Report of the Indian Hemp Drugs Commission, 1894-1895 - Volume IV
Year: 1894
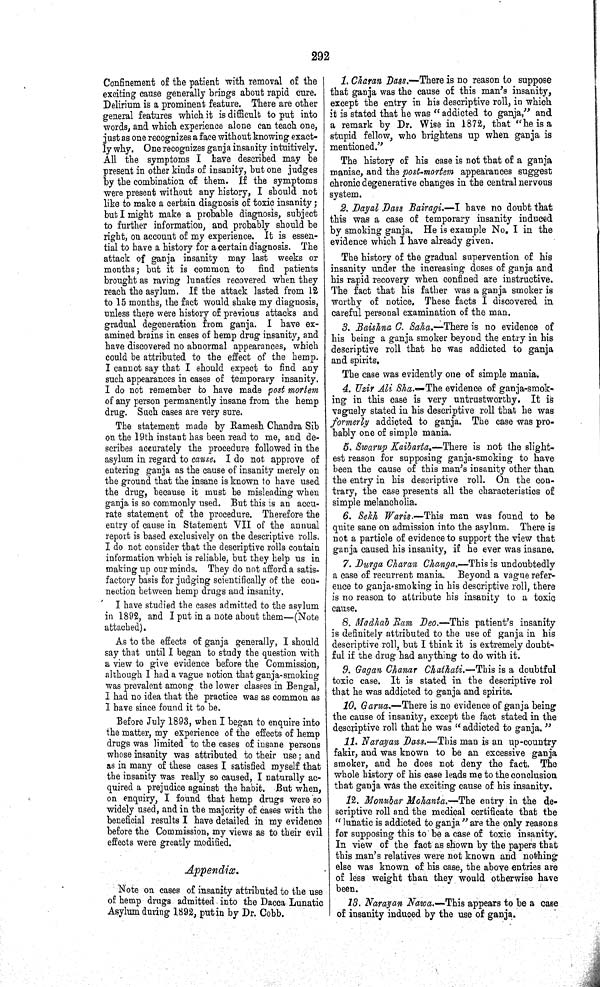
292
Confinement of the patient with removal of the
exciting cause generally brings about rapid cure.
Delirium is a prominent feature. There are other
general features which it is difficult to put into
words, and which experience alone can teach one,
just as one recognizes a face without knowing exact-
ly why. One recognizes ganja insanity intuitively.
All the symptoms I have described may be
present in other kinds of insanity, but one judges
by the combination of them. If the symptoms
were present without any history, I should not
like to make a certain diagnosis of toxic insanity;
but I might make a probable diagnosis, subject
to further information, and probably should be
right, on account of my experience. It is essen-
tial to have a history for a certain diagnosis. The
attack of ganja insanity may last weeks or
months; but it is common to find patients
brought as raving lunatics recovered when they
reach the asylum. If the attack lasted from 12
to 15 months, the fact would shake my diagnosis,
unless there were history of previous attacks and
gradual degeneration from ganja. I have ex-
amined brains in cases of hemp drug insanity, and
have discovered no abnormal appearances, which
could be attributed to the effect of the hemp.
I cannot say that I should expect to find any
such appearances in cases of temporary insanity.
I do not remember to have made post mortem
of any person permanently insane from the hemp
drug. Such cases are very sure.
The statement made by Ramesh Chandra Sib
on the 19th instant has been read to me, and de-
scribes accurately the procedure followed in the
asylum in regard to cause. I do not approve of
entering ganja as the cause of insanity merely on
the ground that the insane is known to have used
the drug, because it must be misleading when
ganja is so commonly used. But this is an accu-
rate statement of the procedure. Therefore the
entry of cause in Statement VII of the annual
report is based exclusively on the descriptive rolls.
I do not consider that the descriptive rolls contain
information which is reliable, but they help us in
making up our minds. They do not afford a satis-
factory basis for judging scientifically of the con-
nection between hemp drugs and insanity.
I have studied the cases admitted to the asylum
in 1892, and I put in a note about them—(Note
attached).
As to the effects of ganja generally, I should
say that until I began to study the question with
a view to give evidence before the Commission,
although I had a vague notion that ganja-smoking
was prevalent among the lower classes in Bengal,
I had no idea that the practice was as common as
I have since found it to be.
Before July 1893, when I began to enquire into
the matter, my experience of the effects of hemp
drugs was limited to the cases of insane persons
whose insanity was attributed to their use; and
as in many of these cases I satisfied myself that
the insanity was really so caused, I naturally ac-
quired a prejudice against the habit. But when,
on enquiry, I found that hemp drugs were so
widely used, and in the majority of cases with the
beneficial results I have detailed in my evidence
before the Commission, my views as to their evil
effects were greatly modified.
Appendix.
Note on cases of insanity attributed to the use
of hemp drugs admitted into the Dacca Lunatic
Asylum during 1892, put in by Dr. Cobb.
1. Charan Dass.—There is no reason to suppose
that ganja was the cause of this man's insanity,
except the entry in his descriptive roll, in which
it is stated that he was "addicted to ganja," and
a remark by Dr. Wise in 1872, that "he is a
stupid fellow, who brightens up when ganja is
mentioned."
The history of his case is not that of a ganja
maniac, and the post-mortem appearances suggest
chronic degenerative changes in the central nervous
system.
2. Dayal Bass Bairagi.—I have no doubt that
this was a case of temporary insanity induced
by smoking ganja. He is example No. I in the
evidence which I have already given.
The history of the gradual supervention of his
insanity under the increasing doses of ganja and
his rapid recovery when confined are instructive.
The fact that his father was a ganja smoker is
worthy of notice. These facts I discovered in
careful personal examination of the man.
3. Baishna C. Saha.—There is no evidence of
his being a ganja smoker beyond the entry in his
descriptive roll that he was addicted to ganja
and spirits.
The case was evidently one of simple mania.
4. Uzir Ali Sha.—The evidence of ganja-smok-
ing in this case is very untrustworthy. It is
vaguely stated in his descriptive roll that he was
formerly addicted to ganja. The case was pro-
bably one of simple mania.
5. Swarup Kaibarta.—There is not the slight-
est reason for supposing ganja-smoking to have
been the cause of this man's insanity other than
the entry in his descriptive roll. On the con-
trary, the case presents all the characteristics of
simple melancholia.
6. Sekh Waris.—This man was found to be
quite sane on admission into the asylum. There is
not a particle of evidence to support the view that
ganja caused his insanity, if he ever was insane.
7. Durga Charan Changa.—This is undoubtedly
a case of recurrent mania. Beyond a vague refer-
ence to ganja-smoking in his descriptive roll, there
is no reason to attribute his insanity to a toxic
cause.
8. Madhab Ram Deo.—This patient's insanity
is definitely attributed to the use of ganja in his
descriptive roll, but I think it is extremely doubt-
ful if the drug had anything to do with it.
9. Gagan Chanar Chathati.—This is a doubtful
toxic case. It is stated in the descriptive rol
that he was addicted to ganja and spirits.
10. Garua.—There is no evidence of ganja being
the cause of insanity, except the fact stated in the
descriptive roll that he was "addicted to ganja."
11. Narayan Dass.—This man is an up-country
fakir, and was known to be an excessive ganja
smoker, and he does not deny the fact. The
whole history of his case leads me to the conclusion
that ganja was the exciting cause of his insanity.
12. Monubar Mohanta.—The entry in the de-
scriptive roll and the medical certificate that the
"lunatic is addicted to ganja" are the only reasons
for supposing this to be a case of toxic insanity.
In view of the fact as shown by the papers that
this man's relatives were not known and nothing
else was known of his case, the above entries are
of less weight than they would otherwise have
been.
13. Narayan Nawa.—This appears to be a case
of insanity induced by the use of ganja.